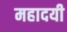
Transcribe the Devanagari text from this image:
महादयी